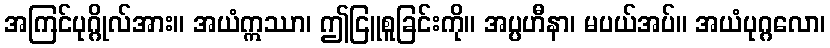
အကြင်ပုဂ္ဂိုလ်အား။ အယံဣဿာ၊ ဤငြူစူခြင်းကို။ အပ္ပဟီနာ၊ မပယ်အပ်။ အယံပုဂ္ဂလော၊